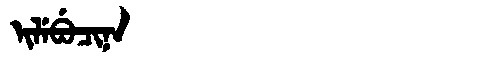
Manchu: ᡳᠯᡝᠪᡠᠴᡳᠨᠠ
Romanization: ILEBUCINA